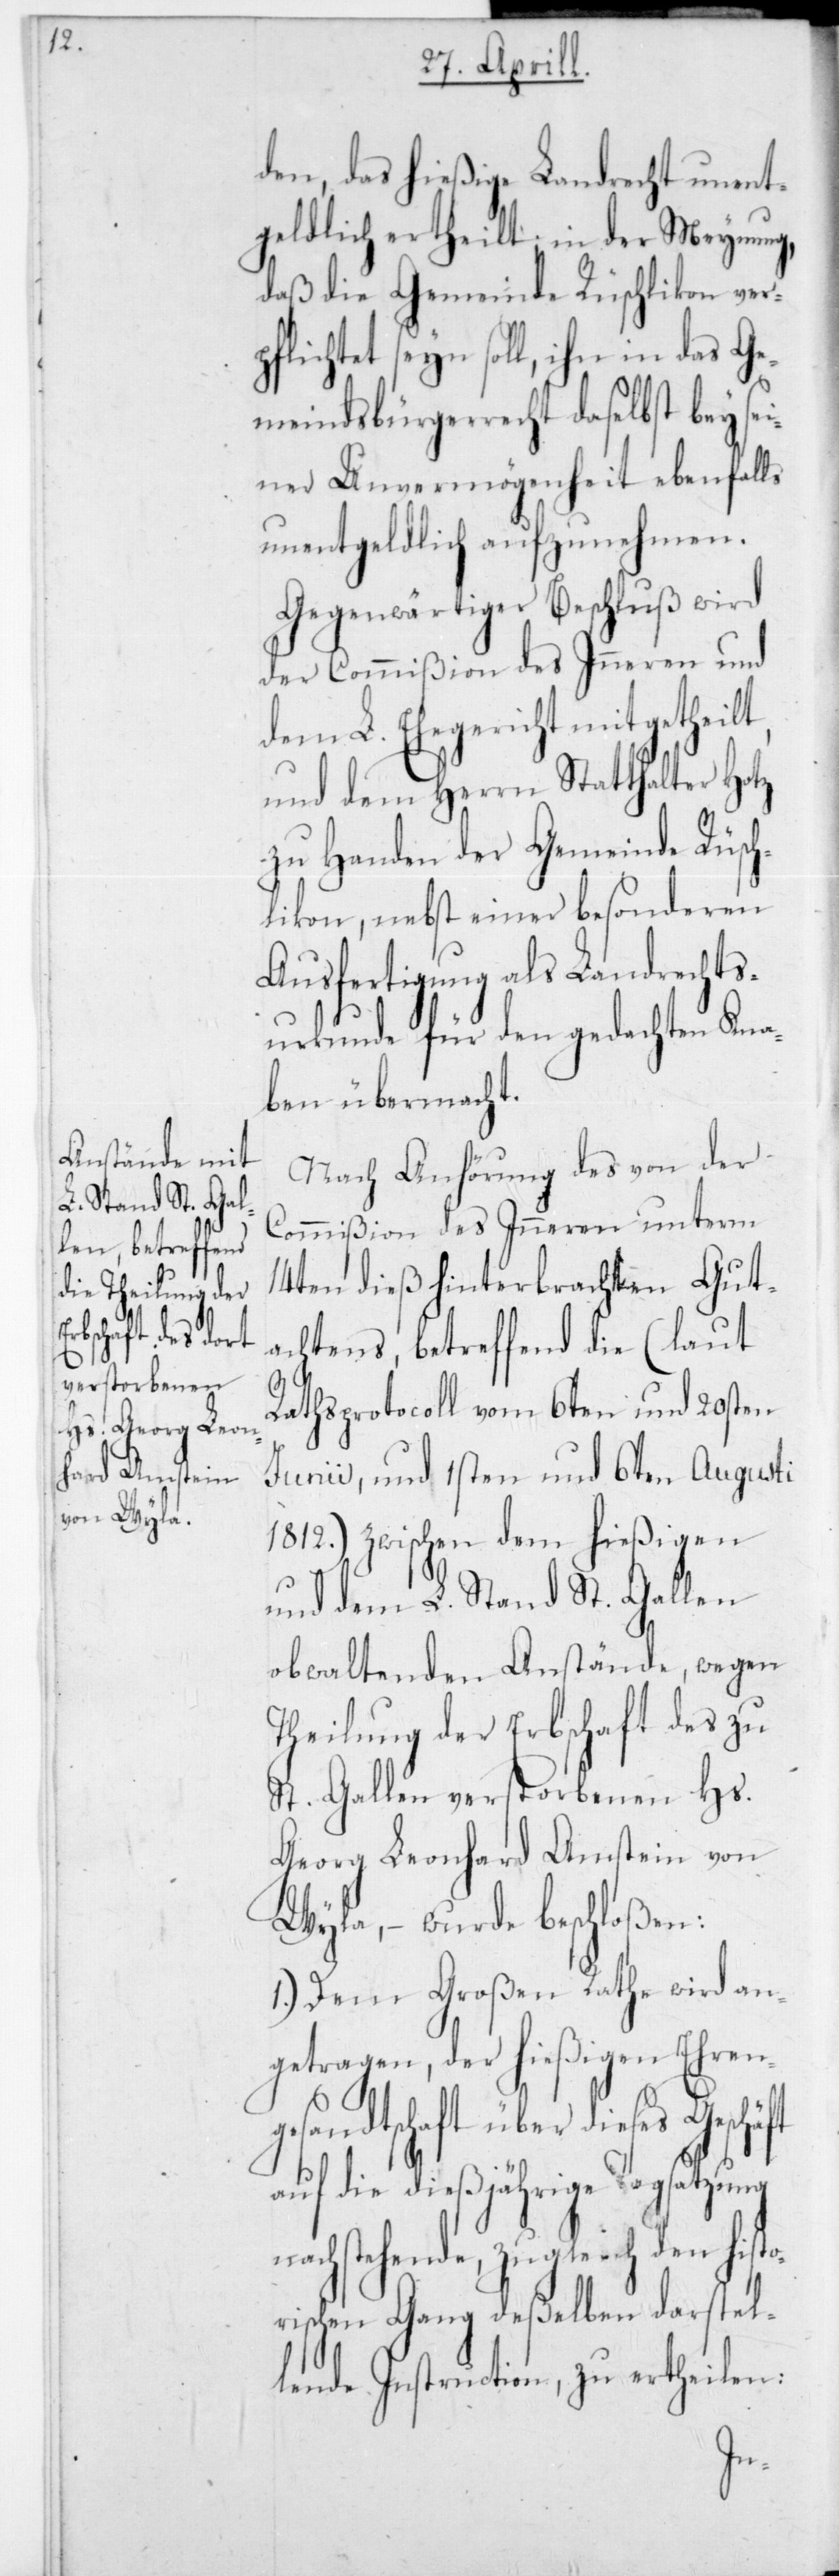
den, das hießige Landrecht unent¬
geldlich ertheilt; in der Meynung,
daß die Gemeinde Rüschlikon ver¬
pflichtet seyn soll, ihn in das Ge¬
meindsbürgerrecht daselbst bey se¬
iner Unvermögenheit ebenfalls
unentgeldlich aufzunehmen.
Gegenwärtiger Beschluß wird
der Commißion des Inneren und
dem L. Ehegericht mitgetheilt,
und dem Herrn Statthalter Hotz
zu Handen der Gemeinde Rüsch¬
likon, nebst einer besonderen
Ausfertigung als Landrechts¬
urkunde für den gedachten Kna¬
ben übermacht.
Nach Anhörung des von der
Commißion des Inneren unterm
14ten dieß hinterbrachten Gut¬
achtens, betreffend die (laut
Rathsprotocoll vom 6ten und 20sten
Junii, und 1sten und 6ten Augusti
1812) zwischen dem hießigen
und dem L. Stand St. Gallen
obwaltenden Anstände, wegen
Theilung der Erbschaft des zu
St. Gallen verstorbenen Hs.
Georg Leonhard Amstein von
Wyla, – wurde beschloßen:
1.) Dem Großen Rathe wird an¬
getragen, der hießigen Ehren¬
gesandtschaft über dieses Geschäft
auf die dießjährige Tagsatzung
chstehende, zugleich den hist¬
orischen Gang deßelben darstel¬
lende Instruction, zu ertheilen:
na¬